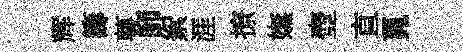
辉籌萼師絮涯撩嫵壺直覓